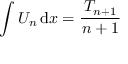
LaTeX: \int U _ { n } \, \mathrm { d } x = { \frac { \, T _ { n + 1 } \, } { n + 1 } }